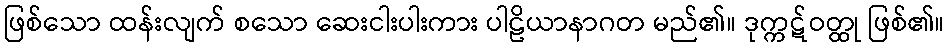
ဖြစ်သော ထန်းလျက် စသော ဆေးငါးပါးကား ပါဠိယာနာဂတ မည်၏။ ဒုက္ကဋ်ဝတ္ထု ဖြစ်၏။